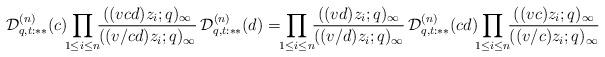
LaTeX: \begin{gather*}{\cal D}^{(n)}_{q,t:**}(c)\!\!\prod_{1\le i\le n}\!\! \frac{((v cd) z_i;q)_\infty} {((v/cd) z_i;q)_\infty}\,{\cal D}^{(n)}_{q,t:**}(d)=\!\!\prod_{1\le i\le n}\!\! \frac{((v d) z_i;q)_\infty} {((v/d) z_i;q)_\infty}\,{\cal D}^{(n)}_{q,t:**}(cd)\!\!\prod_{1\le i\le n}\!\! \frac{((v c) z_i;q)_\infty} {((v/c) z_i;q)_\infty}\end{gather*}